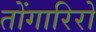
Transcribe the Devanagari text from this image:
तोंगारिरो